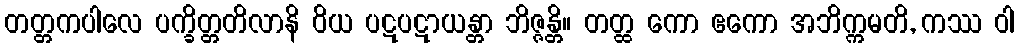
တတ္တကပါလေ ပက္ခိတ္တတိလာနိ ဝိယ ပဋပဋာယန္တာ ဘိဇ္ဇန္တိ။ တတ္ထ ကော ဧကော အဘိက္ကမတိ, ကဿ ဝါ